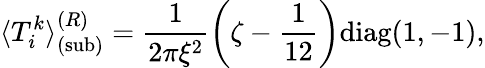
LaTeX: \langle T_{i}^{k}\rangle_{{\mathrm{(sub)}}}^{(R)}=\frac{1}{2\pi\xi^{2}}\left(\zeta-\frac{1}{12}\right){\mathrm{diag}}(1,-1),